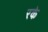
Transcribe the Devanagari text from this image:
रके